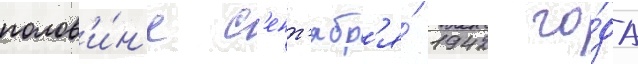
полов'и́н'е с'ент'ябр'я́ 1942 го́да